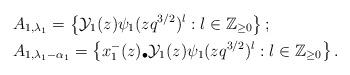
LaTeX: \begin{align*}&A_{1,\lambda_{1}}=\left\{ \mathcal{Y}_1(z)\psi_{1}(zq^{3/2})^{l} : l\in\mathbb{Z}_{\geq 0}\right\};\\&A_{1,\lambda_{1}-\alpha_1}=\left\{x_{1}^{-}(z)_\bullet \mathcal{Y}_1(z)\psi_{1}(zq^{3/2})^{l} : l\in\mathbb{Z}_{\geq 0}\right\}.\end{align*}